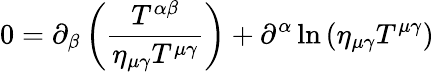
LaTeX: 0=\partial_{\beta}\left(\frac{T^{\alpha\beta}}{\eta_{\mu\gamma}T^{\mu\gamma}}\right)+\partial^{\alpha}\ln{\left(\eta_{\mu\gamma}T^{\mu\gamma}\right)}